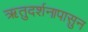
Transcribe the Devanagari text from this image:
ऋतुदर्शनापासुन